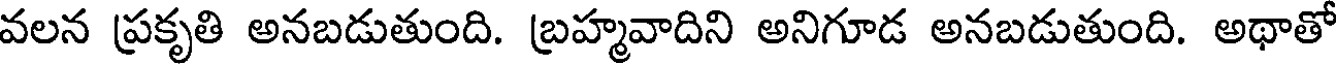
వలన ప్రకృతి అనబడుతుంది. బ్రహ్మవాదిని అనిగూడ అనబడుతుంది. అథాతో